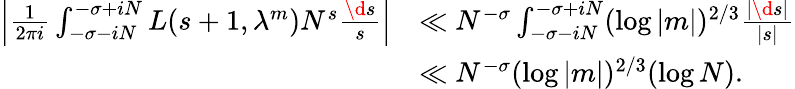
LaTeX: \begin{array}{rl}{\left|\frac{1}{2\pi i}\int_{-\sigma-iN}^{-\sigma+iN}L(s+1,\lambda^{m})N^{s}\frac{\d s}{s}\right|}&{\ll N^{-\sigma}\int_{-\sigma-iN}^{-\sigma+iN}(\log|m|)^{2/3}\frac{|\d s|}{|s|}}\\ &{\ll N^{-\sigma}(\log|m|)^{2/3}(\log N).}\end{array}